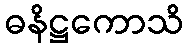
ဓနိဋ္ဌကောသိ